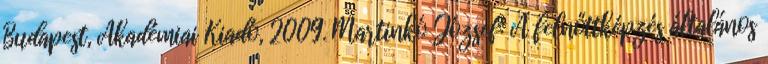
Budapest, Akadémiai Kiadó, 2009. Martinkó József: A felnőttképzés általános